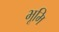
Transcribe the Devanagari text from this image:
भूमि